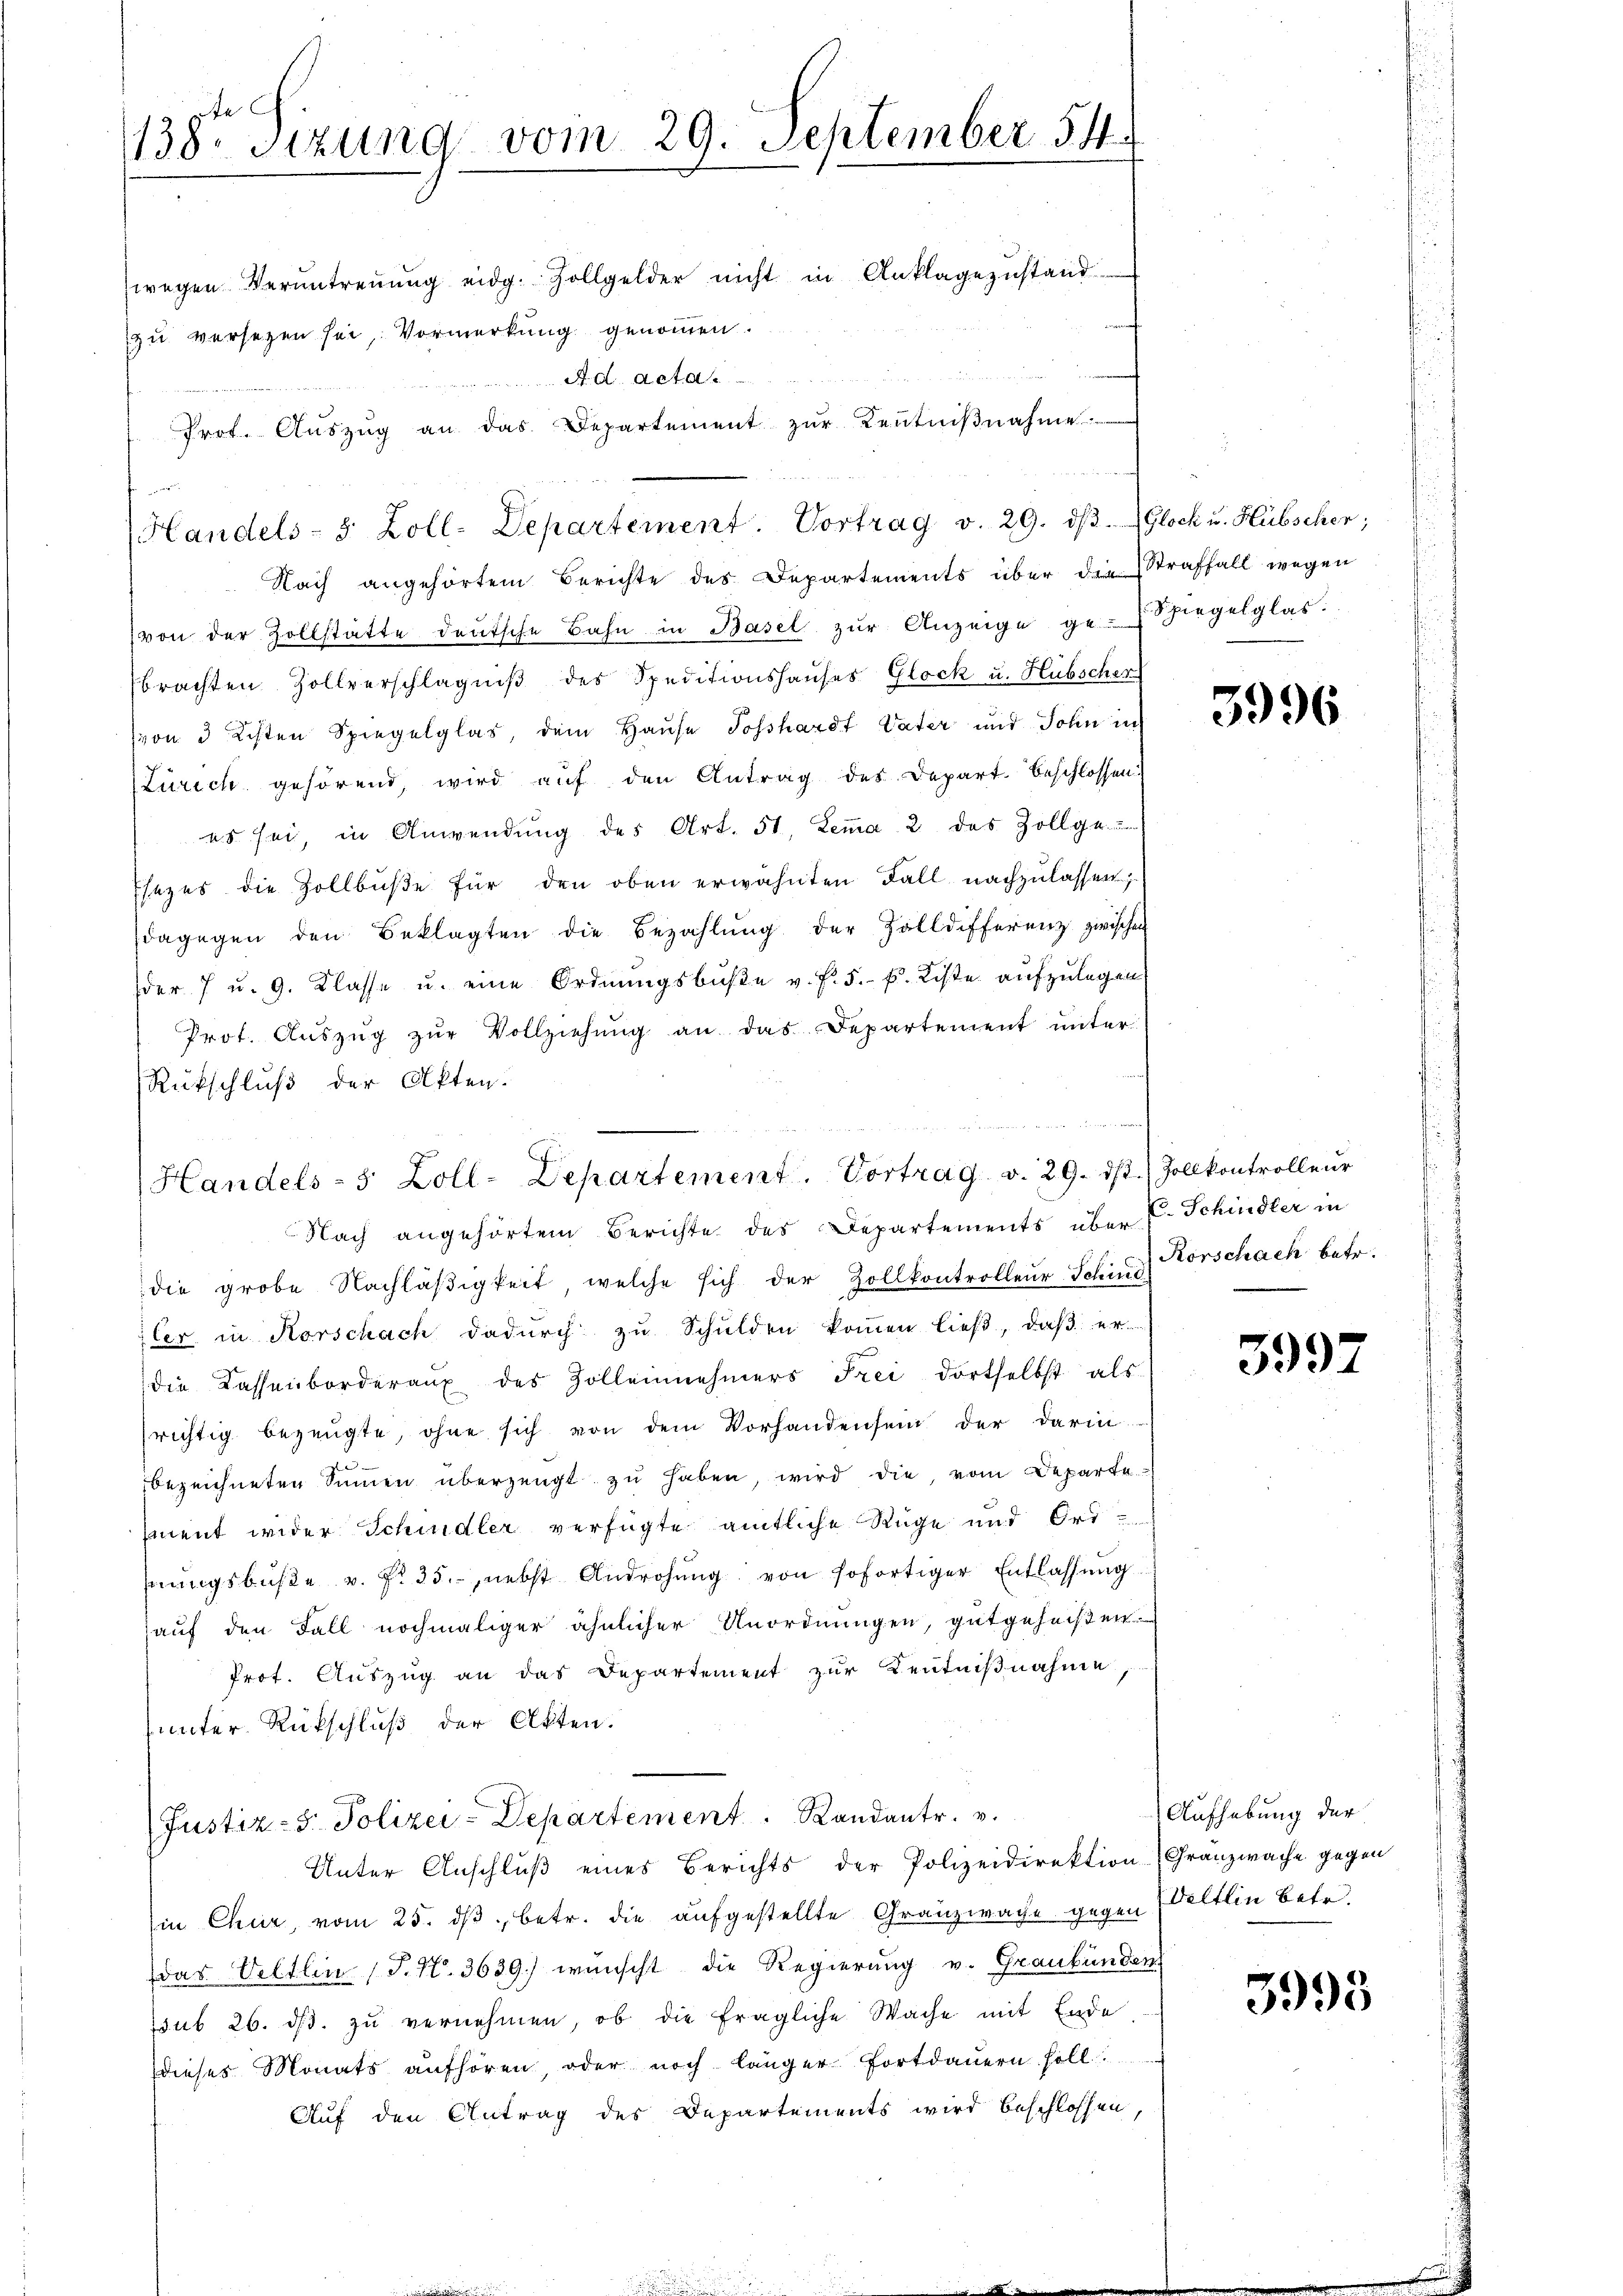
138 Sizung vom 29. September 54
wegen Verantreṅŭng eidg. Zollgelder nicht in Anklagezustand

zu versezen sei, Vormerkung genommen.
n
Nach angehörtem Berichte des Departements über die Straffall wegen
von der Zollstatte deutsche Bahn in Basel zur Anzeige ge
brachten Zollverschlägniβ des Speditionshauses Glock u. Hübscher
von 3 Kisten Spiegelglas, dem Hause Sosshardt, Vater und Sohn in
Zürich gehörend, wird auf den Antrag des Depart beschlossen
es sei, in Anwendung des Art. 51, Lemma 2 des Zollge
Esezes die Zollbuße für den oben erwähnten Fall nachzulassen;
dagegen den Beklagten die Bezahlŭng der Zolldifferenz zwischen
der 7 u. 9. Klasse u. eine Ordnungsbüβe v. f. 5. P. Liste aufzulegen.
Prot. Aŭszŭg zŭr Vollziehŭng an das Departement unter
Rückschluß der Akten.
die grobe Nachläβigkeit, welche sich der Zollkontrolleur Schind
zler in Korschach dadurch zu Schulden kommen ließ, daß er
die Kassenborderaux des Zollennehmers Frei dortselbst als
richtig bezeugte, ohne sich von dem Vorhandensein der darin
bezeichneten Sinnen überzeugt zu haben, wird die, vom Departe
ment wider Schindler verfügte amtliche Rüge und Ordhnŭngsbüβe v. fr. 35. nebst Androhŭng von sofortiger Entlassung
auf den Fall nochmaliger ähnlicher Unordnungen, gutgeheißen
Prof. Auszug an das Departement zur Kentnißnahme
unter Rückschluß der Akten.
(Justiz- 5. Polizei-Departement  .   Randantr. v.
Unter Anschluß eines Berichts der Polizeidirektion (Granzwache gegen
in Chur, vom 25. dβ betr. die aufgestellte Granzwache gegen Weltlin betr.
das Veltlin (T. N. 3629.) wünscht die Regierung v. Graubünden
sub 26. dβ. zŭ vernehmen, ob die fragliche Wache mit Ende
dieses Monats aufhören, oder noch länger Fortdauern soll
Auf den Antrag des Departements wird beschlossen,

A. d. Acta
Prot. Aŭszŭg an das Departement zŭr Kenntniβnahme
Handels- 8 Zoll-Departement. Vortrag v. 29. dβ. Glock u. Hubscher;

Handels- 5 Zoll-Departement. Vortrag v. 29. ds. Zollkontrolleŭr
Nach angehörtem Berichte des Departements über E. Schindler in

Spiegelglas.

3996

Rorschach betr.

5997

Aufhebung der

3993